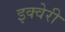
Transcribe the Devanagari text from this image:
इक्वेरी